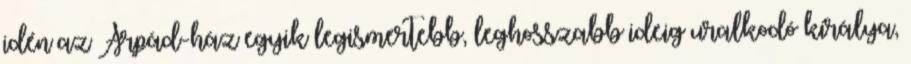
idén az Árpád-ház egyik legismertebb, leghosszabb ideig uralkodó királya,